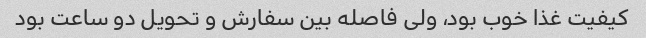
کیفیت غذا خوب بود، ولی فاصله بین سفارش و تحویل دو ساعت بود